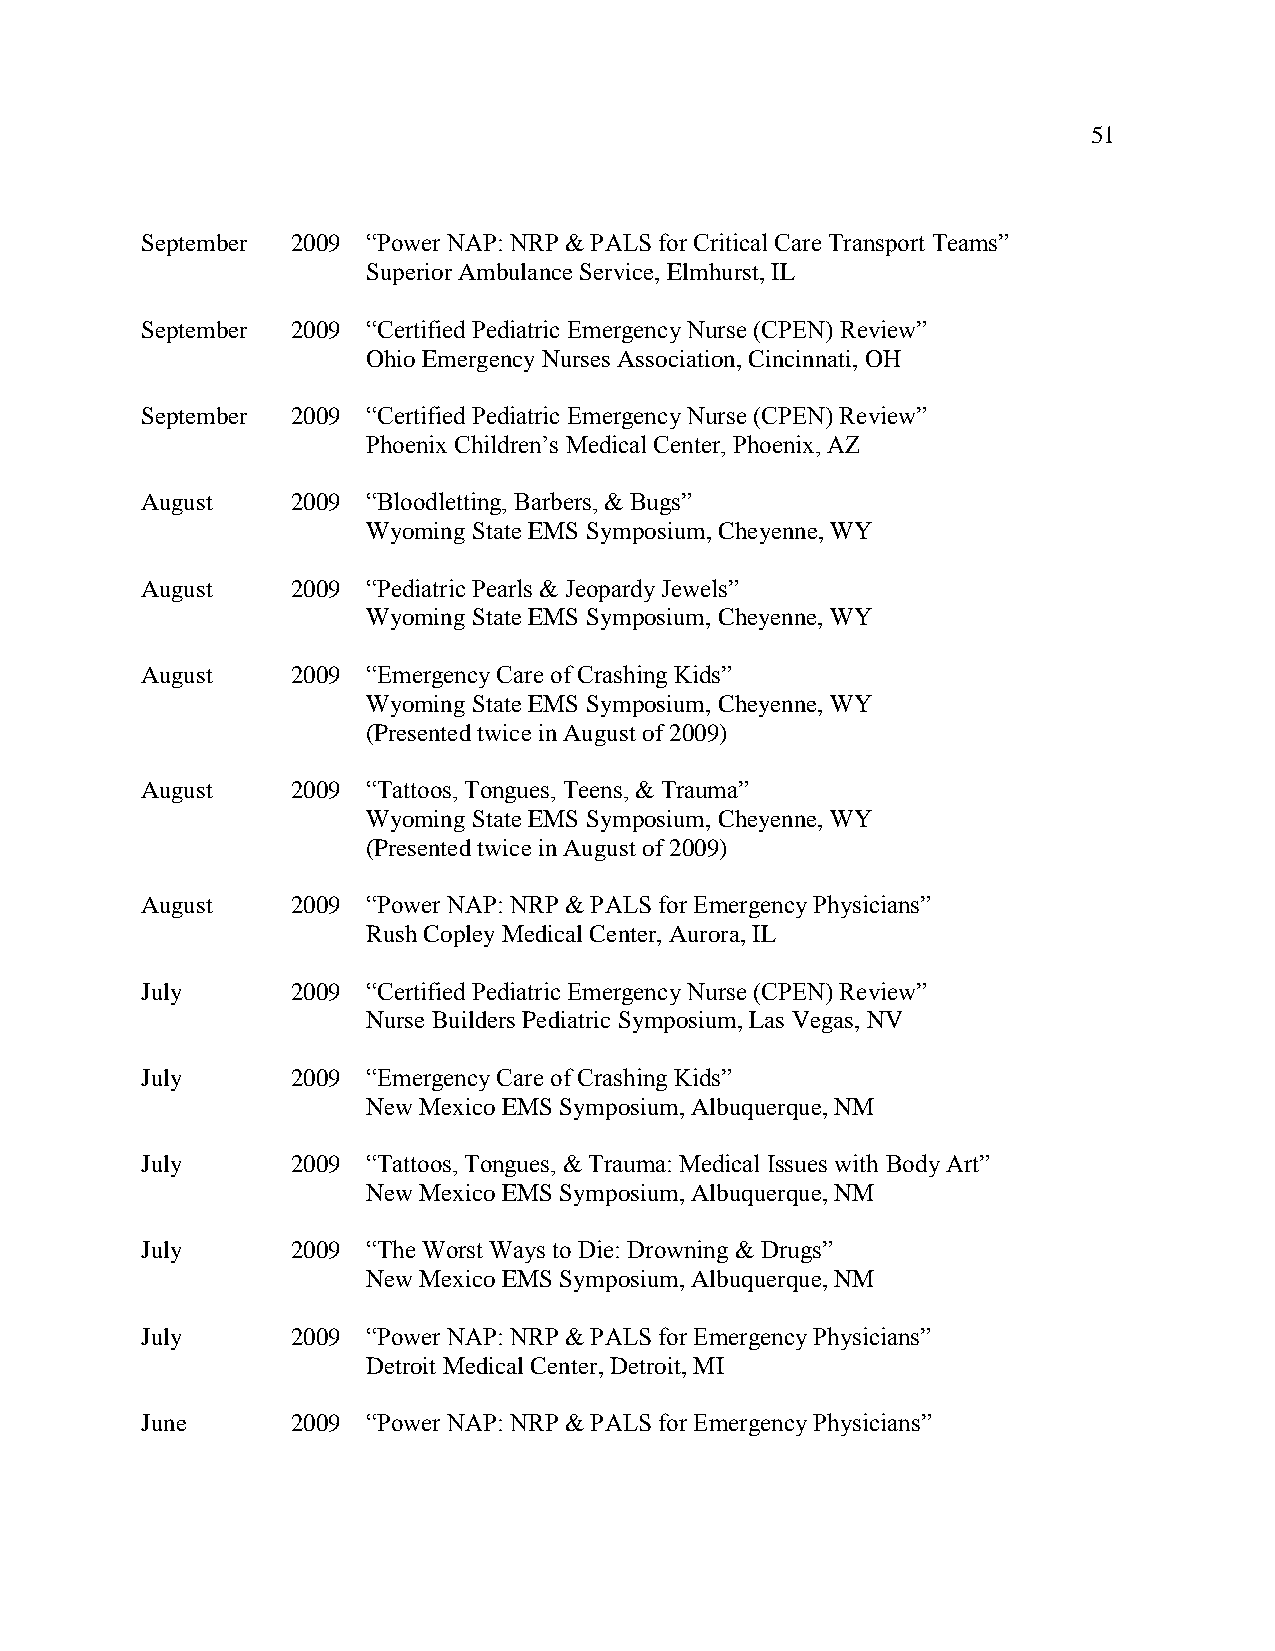
51
 September 2009 “Power NAP: NRP & PALS for Critical Care Transport Teams”
 Superior Ambulance Service, Elmhurst, IL
 September 2009 “Certified Pediatric Emergency Nurse (CPEN) Review”
 Ohio Emergency Nurses Association, Cincinnati, OH
 September 2009 “Certified Pediatric Emergency Nurse (CPEN) Review”
 Phoenix Children’s Medical Center, Phoenix, AZ
 August    2009 “Bloodletting, Barbers, & Bugs”
 Wyoming State EMS Symposium, Cheyenne, WY
 August    2009 “Pediatric Pearls & Jeopardy Jewels”
 Wyoming State EMS Symposium, Cheyenne, WY
 August    2009 “Emergency Care of Crashing Kids”
 Wyoming State EMS Symposium, Cheyenne, WY
 (Presented twice in August of 2009)
 August    2009 “Tattoos, Tongues, Teens, & Trauma”
 Wyoming State EMS Symposium, Cheyenne, WY
 (Presented twice in August of 2009)
 August    2009 “Power NAP: NRP & PALS for Emergency Physicians”
 Rush Copley Medical Center, Aurora, IL
 July      2009 “Certified Pediatric Emergency Nurse (CPEN) Review”
 Nurse Builders Pediatric Symposium, Las Vegas, NV
 July      2009 “Emergency Care of Crashing Kids”
 New Mexico EMS Symposium, Albuquerque, NM
 July      2009 “Tattoos, Tongues, & Trauma: Medical Issues with Body Art”
 New Mexico EMS Symposium, Albuquerque, NM
 July      2009 “The Worst Ways to Die: Drowning & Drugs”
 New Mexico EMS Symposium, Albuquerque, NM
 July      2009 “Power NAP: NRP & PALS for Emergency Physicians”
 Detroit Medical Center, Detroit, MI
 June      2009 “Power NAP: NRP & PALS for Emergency Physicians”